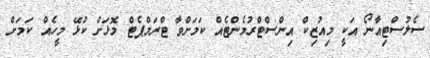
ސެލުސްޓިއާނޯ އަކީ މިއުޒިކް އިންސްޓްރުމެންޓެއް ކަމަށްވާ ޓްރަމްޕެޓް މޮޅަށް ކުޅޭ މީހެއް ކަމަށް